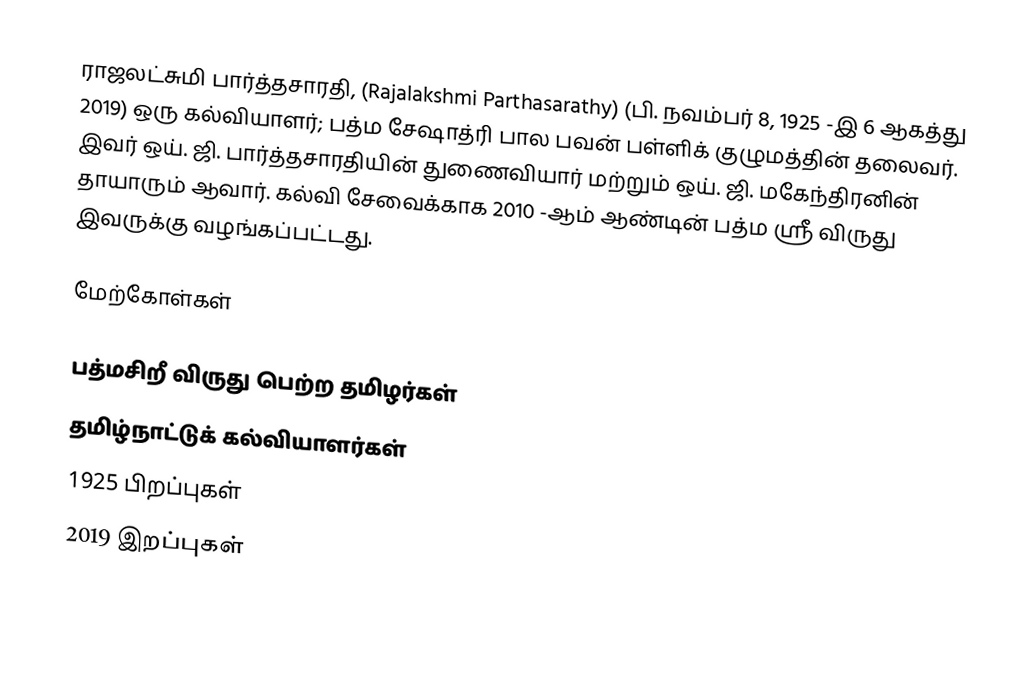
ராஜலட்சுமி பார்த்தசாரதி, (Rajalakshmi Parthasarathy) (பி. நவம்பர் 8, 1925 -இ 6 ஆகத்து 2019) ஒரு கல்வியாளர்; பத்ம சேஷாத்ரி பால பவன் பள்ளிக் குழுமத்தின் தலைவர். இவர் ஒய். ஜி. பார்த்தசாரதியின் துணைவியார் மற்றும் ஒய். ஜி. மகேந்திரனின் தாயாரும் ஆவார். கல்வி சேவைக்காக 2010 -ஆம் ஆண்டின் பத்ம ஸ்ரீ விருது இவருக்கு வழங்கப்பட்டது.

மேற்கோள்கள்

பத்மசிறீ விருது பெற்ற தமிழர்கள்
தமிழ்நாட்டுக் கல்வியாளர்கள்
1925 பிறப்புகள்
2019 இறப்புகள்